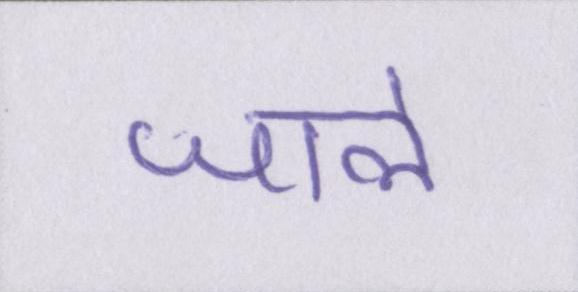
जाले